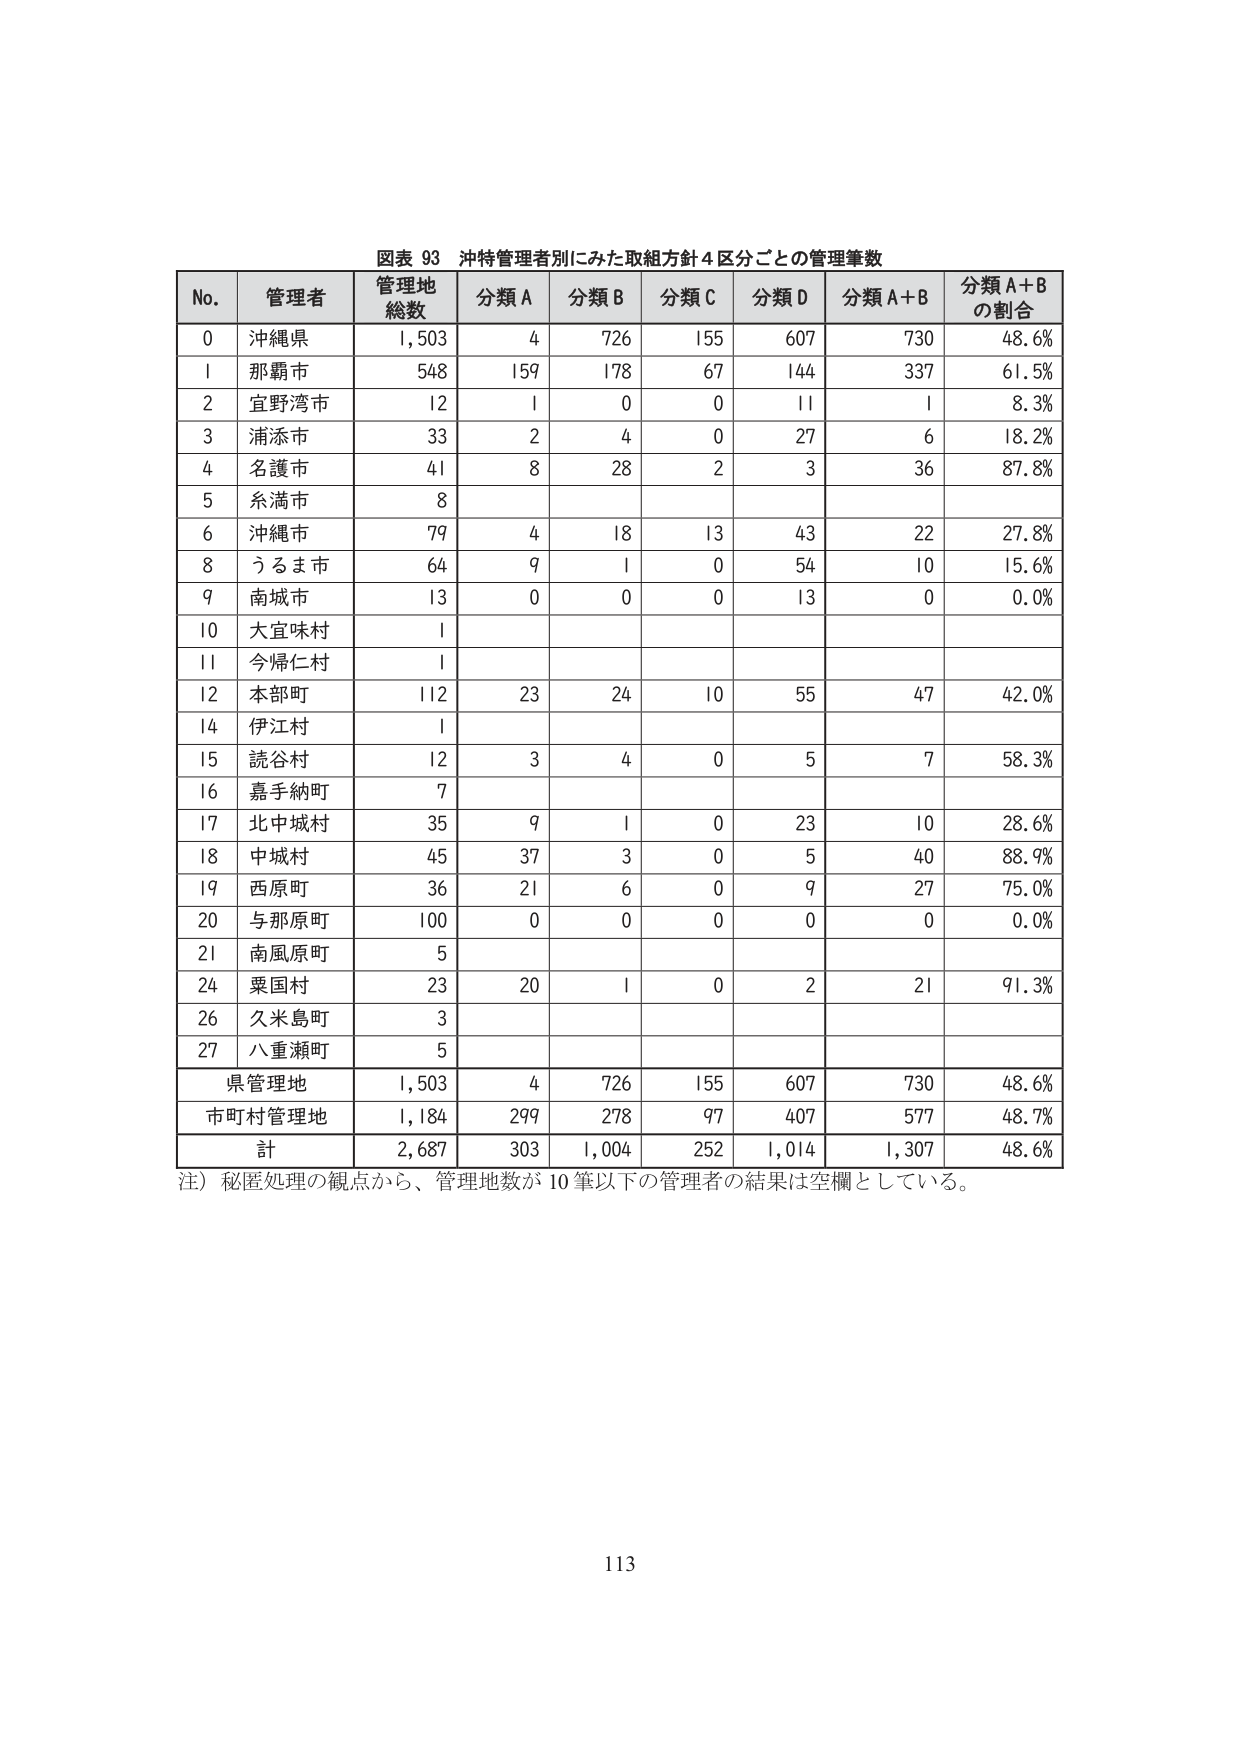
図表 93 沖特管理者別にみた取組方針4区分ごとの管理筆数

No. 管理者 管理地 総数 分類A 分類B 分類C 分類D 分類A+B 分類A+B の割合

0 沖縄県 1,503 4 726 155 607 730 48.6%
1 那覇市 548 159 178 67 144 337 61.5%
2 宜野湾市 12 1 0 0 11 1 8.3%
3 浦添市 33 2 4 0 27 6 18.2%
4 名護市 41 8 28 2 3 36 87.8%
5 糸満市 8
6 沖縄市 79 4 18 13 43 22 27.8%
8 うるま市 64 9 1 0 54 10 15.6%
9 南城市 13 0 0 0 13 0 0.0%
10 大宜味村 1
11 今帰仁村 1
12 本部町 112 23 24 10 55 47 42.0%
14 伊江村 1
15 読谷村 12 3 4 0 5 7 58.3%
16 嘉手納町 7
17 北中城村 35 9 1 0 23 10 28.6%
18 中城村 45 37 3 0 5 40 88.9%
19 西原町 36 21 6 0 9 27 75.0%
20 与那原町 100 0 0 0 0 0 0.0%
21 南風原町 5
24 粟国村 23 20 1 0 2 21 91.3%
26 久米島町 3
27 八重瀬町 5

県管理地 1,503 4 726 155 607 730 48.6%
市町村管理地 1,184 299 278 97 407 577 48.7%
計 2,687 303 1,004 252 1,014 1,307 48.6%

注）秘匿処理の観点から、管理地数が10筆以下の管理者の結果は空欄としている。

113